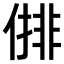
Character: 𠍣